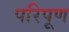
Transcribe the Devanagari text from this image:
परिपूण